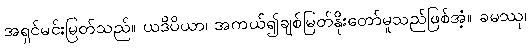
အရှင်မင်းမြတ်သည်။ ယဒိပိယာ၊ အကယ်၍ချစ်မြတ်နိုးတော်မူသည်ဖြစ်အံ့။ ခမဿု၊